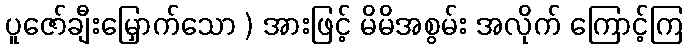
ပူဇော်ချီးမြှောက်သော ) အားဖြင့် မိမိအစွမ်း အလိုက် ကြောင့်ကြ